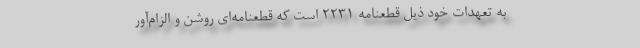
به تعهدات خود ذیل قطعنامه ۲۲۳۱ است که قطعنامه‌ای روشن و الزام‌آور